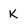
Character: K